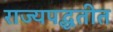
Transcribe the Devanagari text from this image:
राज्यपद्धतीत